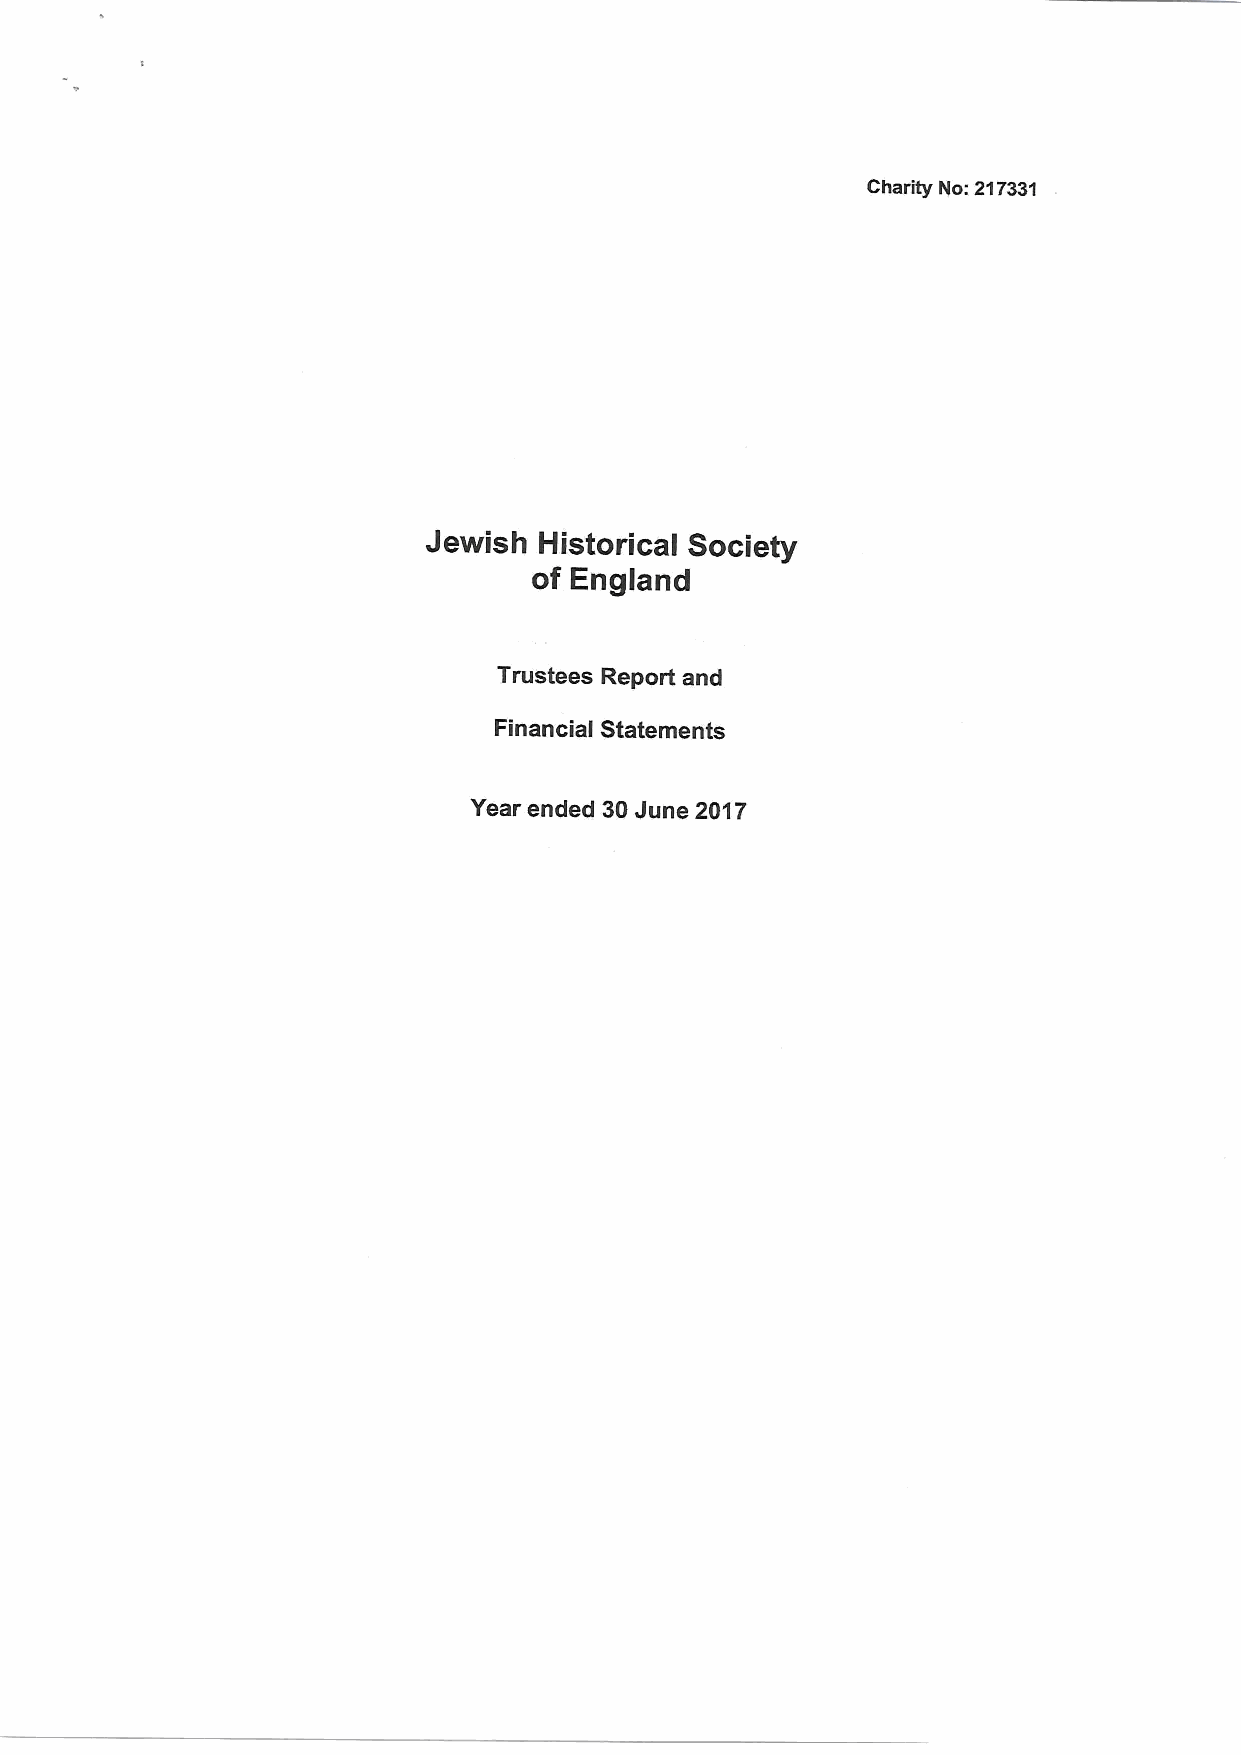
Charity No:217331
 Jewish  Historical Society
 of England
 Trustees Report and
 Financial Statements
 Year ended 30June 2017